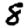
Digit: 8